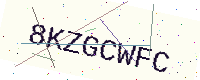
Text: 8KZGCWFC